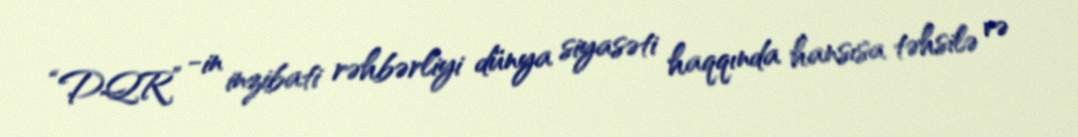
“DQR” -in inzibati rəhbərliyi dünya siyasəti haqqında hansısa təhsilə və